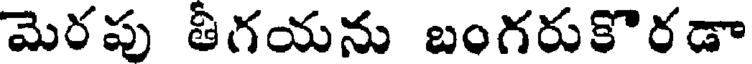
మెరపు తీగయను బంగరుకొరడా